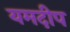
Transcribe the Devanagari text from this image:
यमदीप